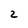
Character: 2